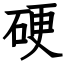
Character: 硬